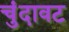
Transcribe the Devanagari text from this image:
चुंदावट